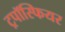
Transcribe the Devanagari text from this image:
ट्रपॉस्फियर